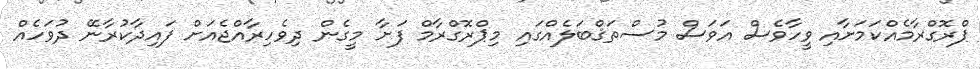
ޕްރޮގްރާމެއްކަމަށާއި ވީހާވެސް އަވަސް މުސްތަޤްބަލެއްގައި މިޕްރޮގްރާމް ފަށާ މީގެން ދިވެހިރާއްޖެއަށް ފައިދާކުރާނޭ ދުވަހެއް